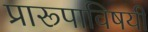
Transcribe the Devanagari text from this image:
प्रारूपाविषयी